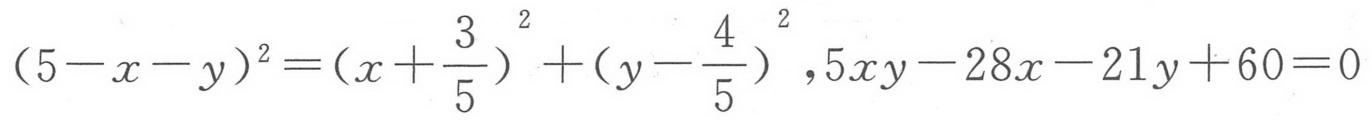
$(5 - x - y)^{2}=\left(x + \frac{3}{5}\right)^{2}+\left(y - \frac{4}{5}\right)^{2},5xy - 28x - 21y + 60 = 0$